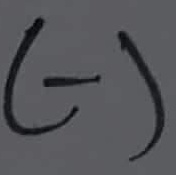
Text: (-)